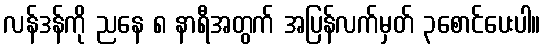
လန်ဒန်ကို ညနေ ၈ နာရီအတွက် အပြန်လက်မှတ် ၃စောင်ပေးပါ။